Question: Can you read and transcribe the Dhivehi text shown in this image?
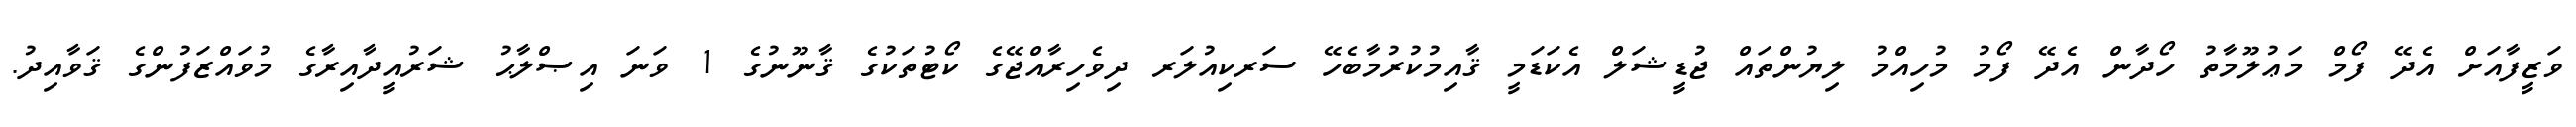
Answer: ވަޒީފާއަށް އެދޭ ފޯމް މަޢުލޫމާތު ހޯދާން އެދޭ ފޯމު މުހިއްމު ލިޔުންތައް ޖުޑީޝަލް އެކަޑަމީ ޤާއިމުކުރުމާބެހޭ ސަރކިއުލަރ ދިވެހިރާއްޖޭގެ ކޯޓުތަކުގެ ޤާނޫނުގެ 1 ވަނަ އިޞްލާޙު ޝަރުއީދާއިރާގެ މުވައްޒަފުންގެ ޤަވާއިދު.